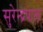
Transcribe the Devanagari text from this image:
सुरेन्द्रपाल